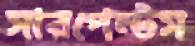
সারপেন্টস